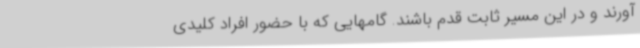
آورند و در این مسیر ثابت قدم باشند. گامهایی که با حضور افراد کلیدی